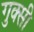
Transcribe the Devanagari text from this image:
गुक्सी